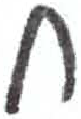
אות: ח